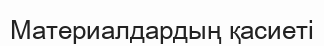
Материалдардың қасиеті